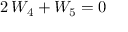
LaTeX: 2 \, { \cal W } _ { 4 } + { \cal W } _ { 5 } = 0